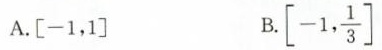
A. \left [ -1，1 \right ] B. \left [ -1，\frac{1}{3} \right ]